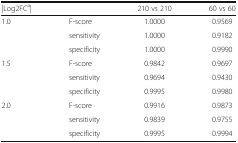
| |Log2FCa| |  | 210 vs 210 | 60 vs 60 |
 | --- | --- | --- | --- |
 | <ROWSPAN=3> 1.0 | F-score | 1.0000 | 0.9569 |
 | sensitivity | 1.0000 | 0.9182 |
 | specificity | 1.0000 | 0.9990 |
 | <ROWSPAN=3> 1.5 | F-score | 0.9842 | 0.9697 |
 | sensitivity | 0.9694 | 0.9430 |
 | specificity | 0.9995 | 0.9980 |
 | <ROWSPAN=3> 2.0 | F-score | 0.9916 | 0.9873 |
 | sensitivity | 0.9839 | 0.9755 |
 | specificity | 0.9995 | 0.9994 |